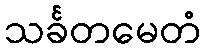
သင်္ခတမေတံ